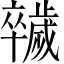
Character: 𣦮